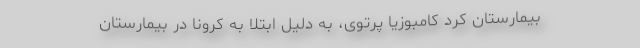
بیمارستان کرد کامبوزیا پرتوی، به دلیل ابتلا به کرونا در بیمارستان